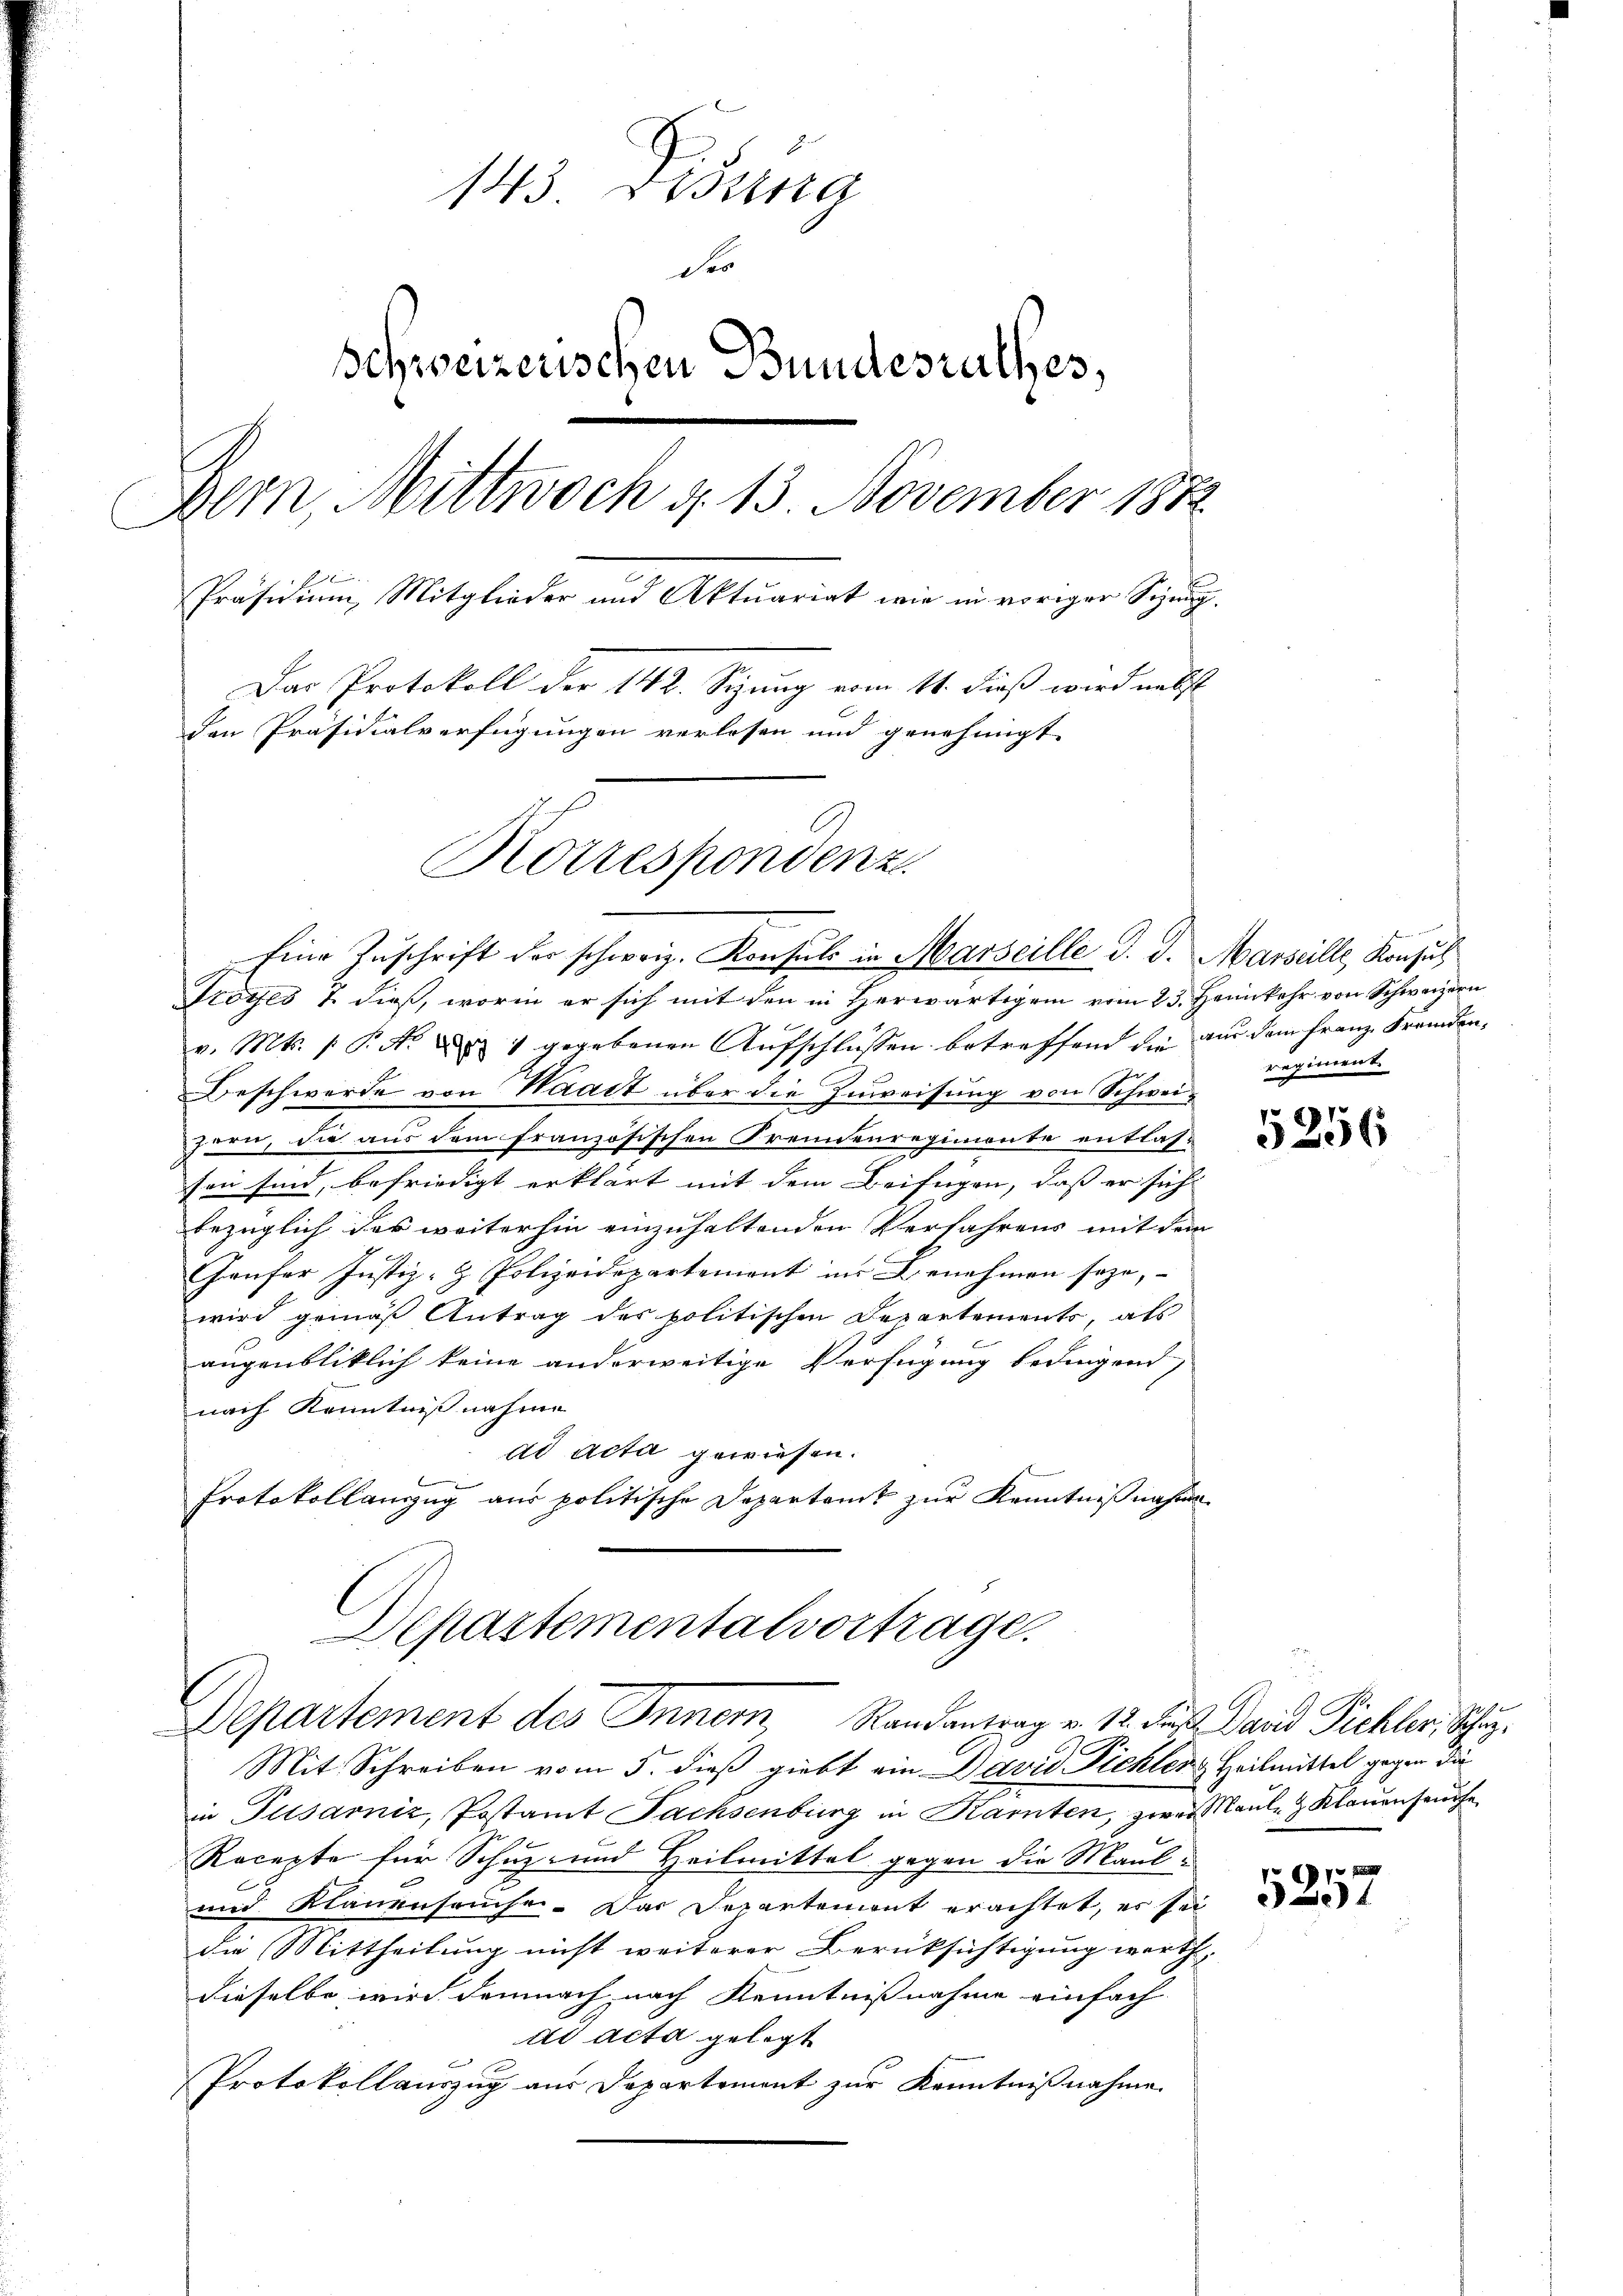
143 Didung
Dis
Schweizerischen Bundesrathes,
Bern, Mittwoch d. 13. November 1882
Präsidium, Mitglieder und Aktuariat wie in voriger Sizung.
Das Protokoll der 142. Sizung vom 11. dieß wird nebst
den Präsidialverfügungen verlesen und genehmigt.
Korrespondenz

Eine Zuschrift der schweiz. Konsuls in Marseille d. d. Marill, Konsul

Troyes 7. dieß, worin er sich mit den in Herwärtigem vom 23. Heimkehr von Schweizern
v. Mts. 1. P. N. u 1 gegebenen Aŭfschlüssen betreffend die an dem Franz Fremden-
Beschwerde von Waadt über die Zuweisung von Schweihern, die aus dem französischen Freundenregimente entlas-
sen sind, befriedigt erklärt mit dem Beifügen, daß er sich
bezüglich das weiterhin einzuhaltenden Verfahrens mit dem
Haufer Justiz- & Polizeidepartement im Benehmen seze,
wird gemäß Antrag des politischen Departements, als
augenbliklich keine anderweitige Verfügung bedingend,
nach Kenntnißnahme
dd acta gewiesen.
Protokollanzug aus politische Departamt zur Kenntnißnahme.
Departementalvortrage.

Departement des Innern, Randantrag v. 12. Fuß. David Pichler, Schu¬

Mit Schreiben vom 5. dieß giebt ein David Pichler Heilmittel gegen die
in Pusarniz, Postamt Sachsenburg in Karten, zwei Maul- & Klauenseuche
Recepte für Schuz- und Heilmittel gegen die Maul-
und Klauenseuche. Das Departement erachtet, es sei
die Mittheilung nicht weiterer Berücksichtigung werth
dieselbe wird demnach nach Kenntnißnahme einfach-
ad acta gelegt
Protokollauszug aus Departement zur Kenntnißnahme.

regiment.

89
96

7
)